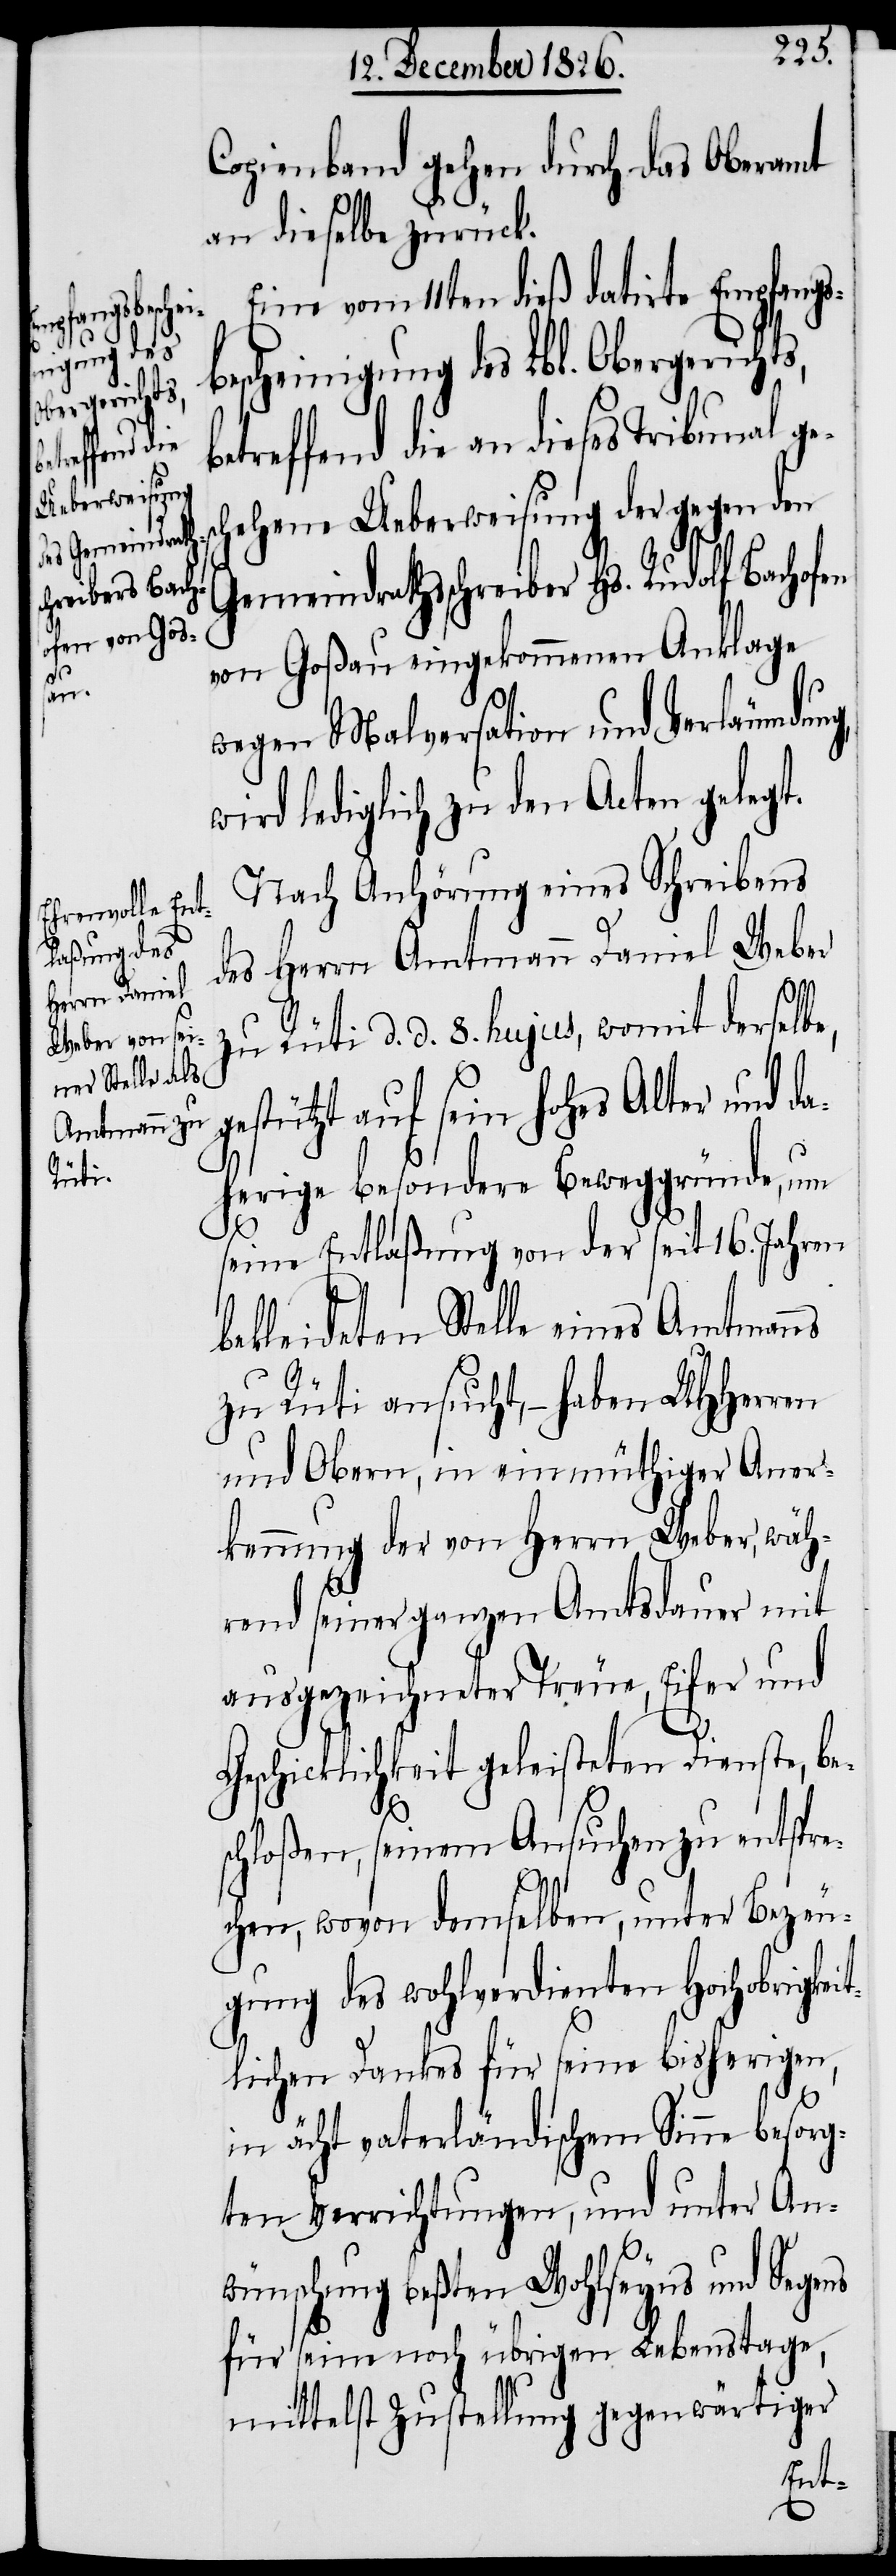
Copienband gehen durch das Oberamt
an dieselbe zurück.
Eine vom 11ten dieß datirte Empfangs¬
bescheinigung des Lbl. Obergericht¬
betreffend die an dieses Tribunal ge¬
schehene Ueberweisung der gegen den
Gemeindrathsschreiber Hs. Rudolf Bachofen
von Goßau eingekommenen Anklage
wegen Malversation und Verläumdung,
wird lediglich zu den Acten gelegt.
Nach Anhörung eines Schreibens
des Herrn Amtmann Daniel Weber
zu Rüti d. d. 8. hujus, womit derselbe,
estützt auf sein hohes Alter und d¬
aherige besondere Beweggründe, um
seine Entlaßung von der seit 16. Jahren
bekleideten Stelle eines Amtmanns
zu Rüti ansucht, – haben UHHerren
und Obern, in einmüthiger Aner¬
kennung der von Herrn Weber, wäh¬
rend seiner ganzen Amtsdauer mit
ausgezeichneter Treue, Eifer und
Geschicklichkeit geleisteten Dienste, be¬
g¬
schloßen, seinem Ansuchen zu entspre¬
chen, wovon demselben, unter Bezeu¬
gung des wohlverdienten Hochobrigke¬
itlichen Dankes für seine bisherigen,
in ächt vaterländischem Sinne besorg¬
ten Verrichtungen, und unter An¬
wünschung beßten Wohlseyns und Segens
für seine noch übrigen Lebenstage,
mittelst Zustellung gegenwärtiger